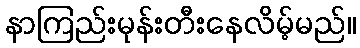
နာကြည်းမုန်းတီးနေလိမ့်မည်။